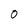
Character: 0